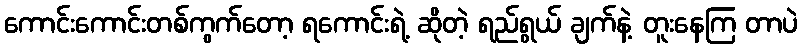
ကောင်းကောင်းတစ်ကွက်တော့ ရကောင်းရဲ့ ဆိုတဲ့ ရည်ရွယ် ချက်နဲ့ တူးနေကြ တာပဲ